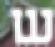
ש